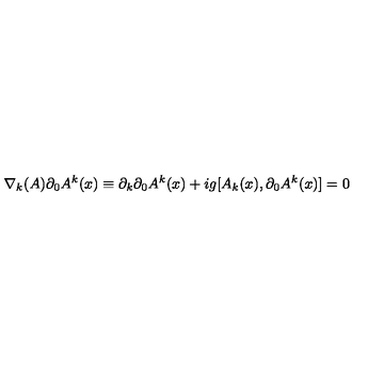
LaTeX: \nabla _ { k } ( A ) { \partial _ { 0 } A ^ { k } } ( x ) \equiv \partial _ { k } \partial _ { 0 } A ^ { k } ( x ) + i g [ A _ { k } ( x ) , \partial _ { 0 } A ^ { k } ( x ) ] = 0